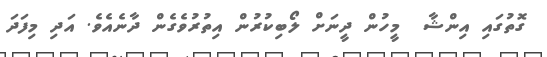
ގޮތުގައި އިންޝާ  މީހުން ދީނަށް ލޯބިކުރުން އިތުރުވެގެން ދާނެއެވެ. އަދި މިފަދަ